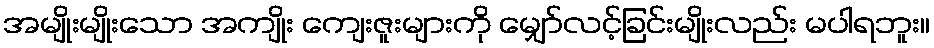
အမျိုးမျိုးသော အကျိုး ကျေးဇူးများကို မျှော်လင့်ခြင်းမျိုးလည်း မပါရဘူး။